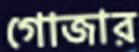
গোজার